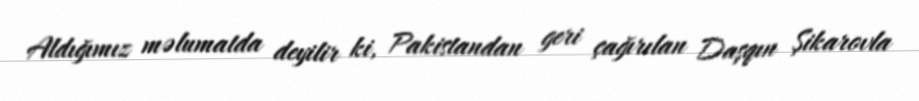
Aldığımız məlumatda deyilir ki, Pakistandan geri çağırılan Daşqın Şikarovla